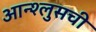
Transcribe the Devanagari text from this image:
आन्श्लुसची